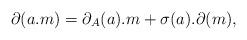
LaTeX: \begin{align*}\partial(a.m)=\partial_A(a).m+\sigma(a).\partial(m),\end{align*}